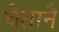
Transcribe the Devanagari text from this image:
चेताने